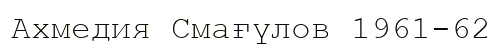
Ахмедия Смағүлов 1961-62